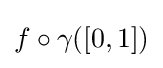
f\circ \gamma ([0,1])